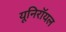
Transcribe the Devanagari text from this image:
यूनिरॉयल